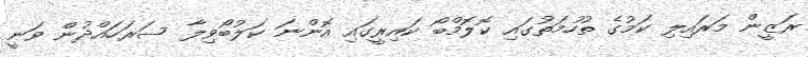
ރަޒީން މަރައިލި ކަމުގެ ތުހުމަތުގައި ކޮލޮމްބޯ ކައިރީގައި އޮންނަ ކަލުބޯވިލާ ސަރަހައްދުން ވަނީ